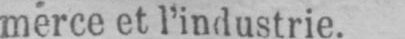
merce et l’industrie.